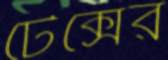
টেক্সের